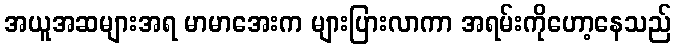
အယူအဆများအရ မာမာအေးက များပြားလာကာ အရမ်းကိုဟော့နေသည်